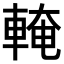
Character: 𨌧